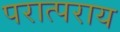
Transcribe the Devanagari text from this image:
परात्पराय